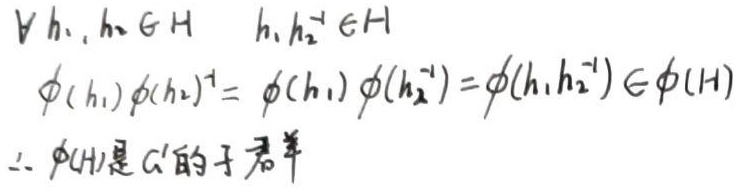
$\forall h_1, h_2 \in H \quad h_1 h_2^{-1} \in H$

$\phi(h_1) \phi(h_2)^{-1} = \phi(h_1) \phi(h_2^{-1}) = \phi(h_1 h_2^{-1}) \in \phi(H)$

$\therefore \phi(H)$是$G'$的子群